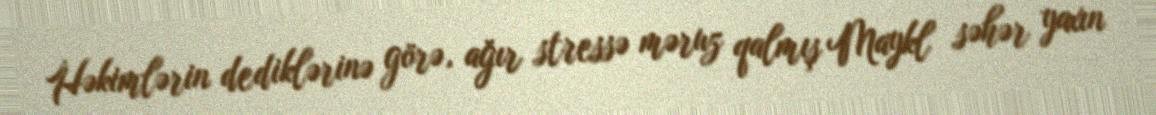
Həkimlərin dediklərinə görə, ağır stressə məruz qalmış Maykl səhər yaxın